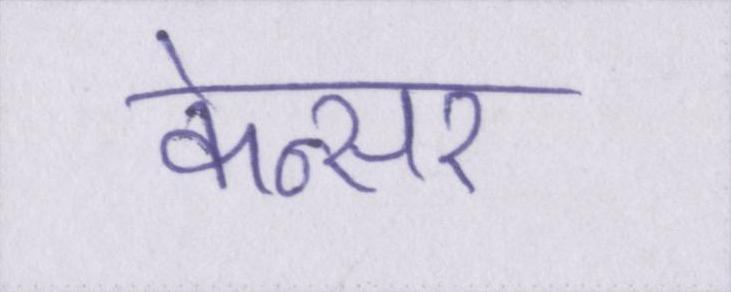
केन्सर